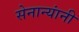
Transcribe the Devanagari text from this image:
सेनान्यांनी